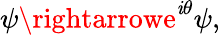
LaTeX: \psi\rightarrowe^{\mathit{i}\theta}\psi,